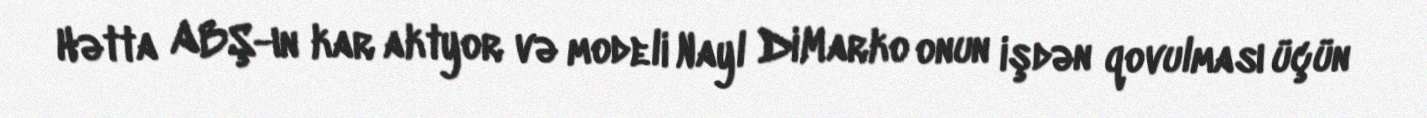
Hətta ABŞ-ın kar aktyor və modeli Nayl DiMarko onun işdən qovulması üçün